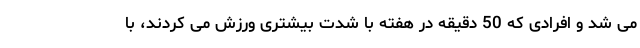
می شد و افرادی که 50 دقیقه در هفته با شدت بیشتری ورزش می کردند، با